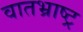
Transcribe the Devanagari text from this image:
वातभ्राष्ट्र